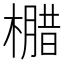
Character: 𭬄